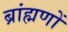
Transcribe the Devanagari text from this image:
ब्रांह्मणों